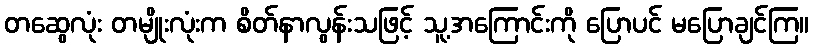
တဆွေလုံး တမျိုးလုံးက စိတ်နာလွန်းသဖြင့် သူ့အကြောင်းကို ပြောပင် မပြောချင်ကြ။